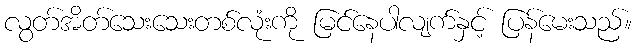
လွတ်အိတ်သေးသေးတစ်လုံးကို မြင်နေပါလျက်နှင့် ပြန်မေးသည်။